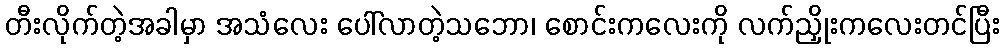
တီးလိုက်တဲ့အခါမှာ အသံလေး ပေါ်လာတဲ့သဘော၊ စောင်းကလေးကို လက်ညှိုးကလေးတင်ပြီး